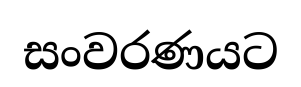
සංවරණයට